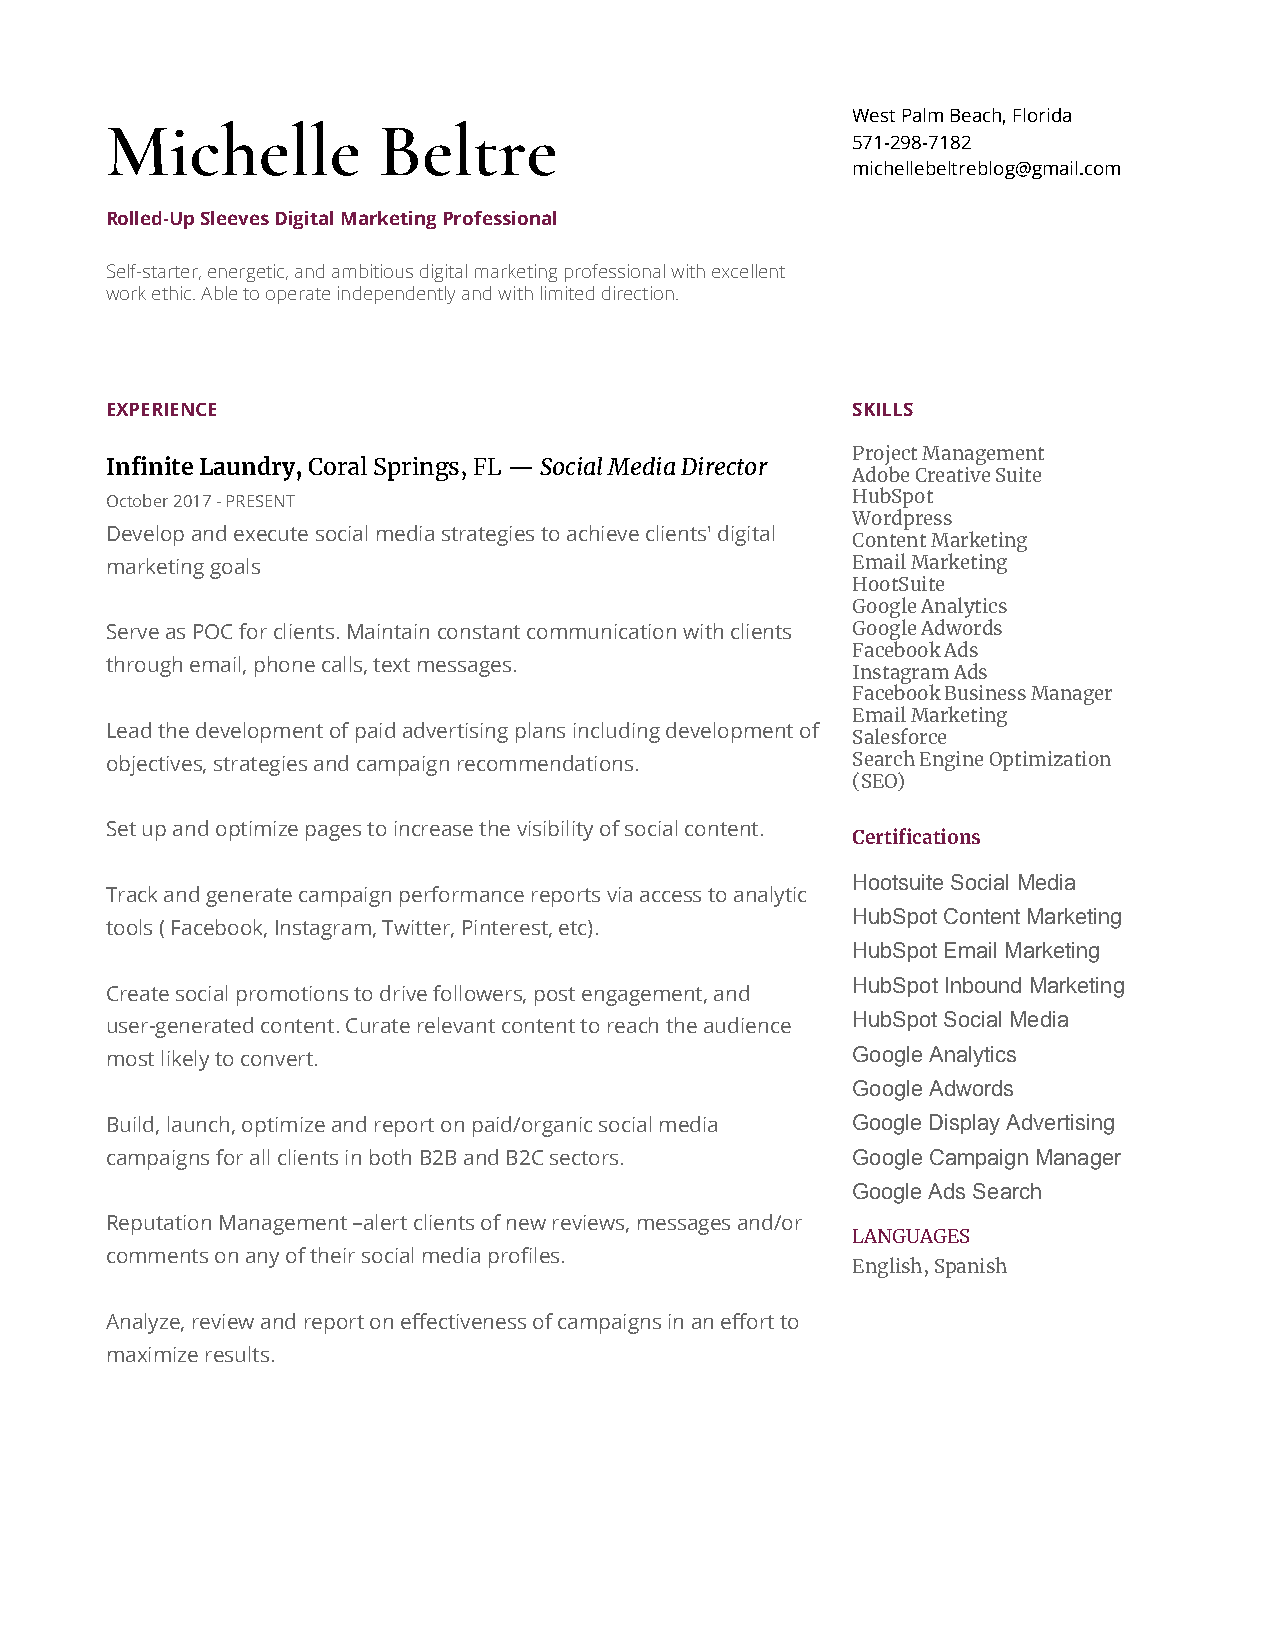
West Palm Beach, Florida
 Michelle          Beltre
 571-298-7182
 michellebeltreblog@gmail.com
 Rolled-Up Sleeves Digital Marketing Professional
 Self-starter, energetic, and ambitious digital marketing professional with excellent
 work ethic. Able to operate independently and with limited direction.
 EXPERIENCE                                       SKILLS
 Project Management
 Infinite Laundry, ​Coral Springs, FL — ​Social Media Director
 Adobe Creative Suite
 October 2017 - PRESENT                           HubSpot
 Wordpress
 Develop and execute social media strategies to achieve clients' digital
 Content Marketing
 marketing goals                                  Email Marketing
 HootSuite
 Google Analytics
 Serve as POC for clients. Maintain constant communication with clients Google Adwords
 Facebook Ads
 through email, phone calls, text messages.
 Instagram Ads
 Facebook Business Manager
 Email Marketing
 Lead the development of paid advertising plans including development of
 Salesforce
 objectives, strategies and campaign recommendations. Search Engine Optimization
 (SEO)
 Set up and optimize pages to increase the visibility of social content.
 Certifications
 Hootsuite Social Media
 Track and generate campaign performance reports via access to analytic
 HubSpot Content Marketing
 tools ( Facebook, Instagram, Twitter, Pinterest, etc).
 HubSpot Email Marketing
 HubSpot Inbound Marketing
 Create social promotions to drive followers, post engagement, and
 HubSpot Social Media
 user-generated content. Curate relevant content to reach the audience
 Google Analytics
 most likely to convert.
 Google Adwords
 Build, launch, optimize and report on paid/organic social media Google Display Advertising
 campaigns for all clients in both B2B and B2C sectors. Google Campaign Manager
 Google Ads Search
 Reputation Management –alert clients of new reviews, messages and/or
 LANGUAGES
 comments on any of their social media profiles.
 English, Spanish
 Analyze, review and report on effectiveness of campaigns in an effort to
 maximize results.